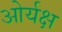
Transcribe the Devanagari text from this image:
ओर्यक्ष